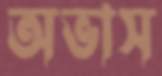
অভাস